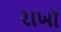
રાખૉ